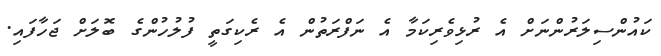
ކައުންސިލަރުންނަށް އެ ރުޅިވެރިކަމާ އެ ނަފްރަތުން އެ ރެކިގަތީ ފުލުހުންގެ ބޮލަށް ޖަހާފައި.